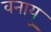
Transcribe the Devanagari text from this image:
वनायु